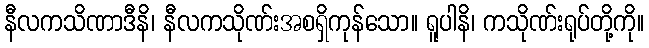
နီလကသိဏာဒီနိ၊ နီလကသိုဏ်းအစရှိကုန်သော။ ရူပါနိ၊ ကသိုဏ်းရုပ်တို့ကို။